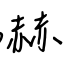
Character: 嚇